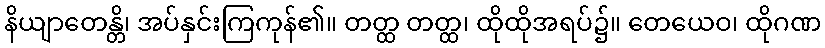
နိယျာတေန္တိ၊ အပ်နှင်းကြကုန်၏။ တတ္ထ တတ္ထ၊ ထိုထိုအရပ်၌။ တေယေဝ၊ ထိုဂဏ